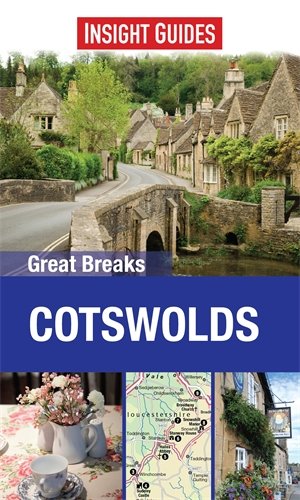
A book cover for Cotswolds (Great Breaks); Insight Guides; Travel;